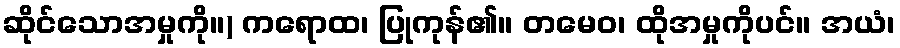
ဆိုင်သောအမှုကို။) ကရောထ၊ ပြုကုန်၏။ တမေဝ၊ ထိုအမှုကိုပင်။ အယံ၊